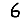
Digit: 6